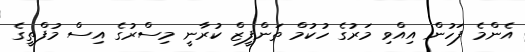
އެންމެ ފަހުން އިއްވި މަރުގެ ހުކުމް ތަންފީޒް ކުރާނީ މިސްރުގެ އިސް މުފްތީގެ